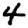
Digit: 4